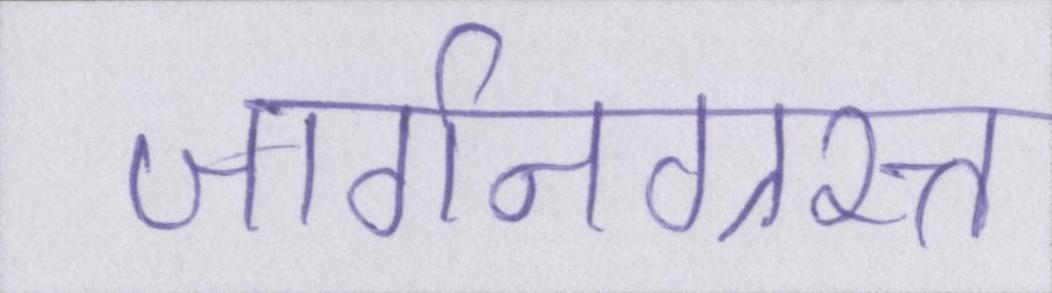
जार्गनग्रस्त